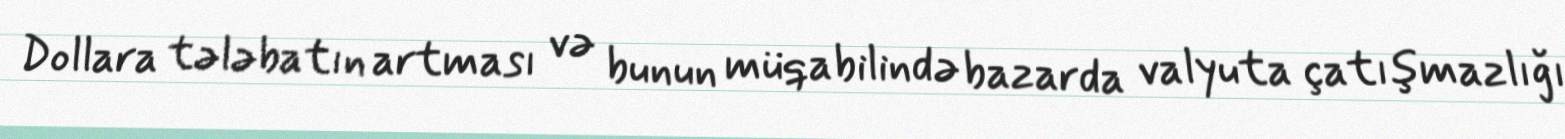
Dollara tələbatın artması və bunun müqabilində bazarda valyuta çatışmazlığı